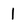
Character: I